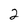
Character: 2